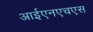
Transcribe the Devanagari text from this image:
आईएनएचएस